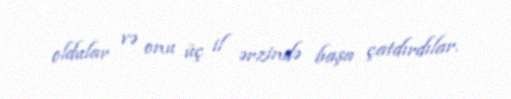
oldular və onu üç il ərzində başa çatdırdılar.